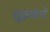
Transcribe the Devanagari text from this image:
सूक्ष्मकंपों